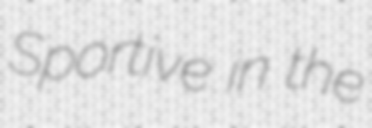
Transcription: Sportive in the